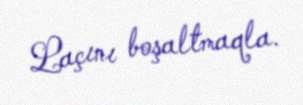
Laçını boşaltmaqla.